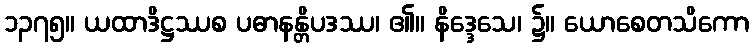
၁၃၇၅။ ယထာဒိဋ္ဌဿစ ပဓာနန္တိပဒဿ၊ ၏။ နိဒ္ဒေသေ၊ ၌။ ယောစေတသိကော